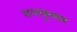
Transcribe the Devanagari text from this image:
नन्दकुमार